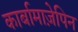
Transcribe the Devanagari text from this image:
कार्बामाज़ेपिन